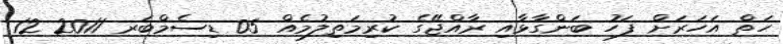
ހަތް އަހަރަށް ފަހު ބަންގާޅާއި ރާއްޖޭގެ ކުރިމަތިލުމެއް 05 ޑިސެމްބަރ 2011 12